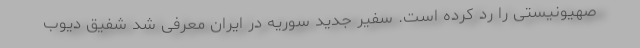
صهیونیستی را رد کرده است. سفیر جدید سوریه در ایران معرفی شد شفیق دیوب